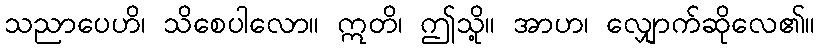
သညာပေဟိ၊ သိစေပါလော။ ဣတိ၊ ဤသို့။ အာဟ၊ လျှောက်ဆိုလေ၏။